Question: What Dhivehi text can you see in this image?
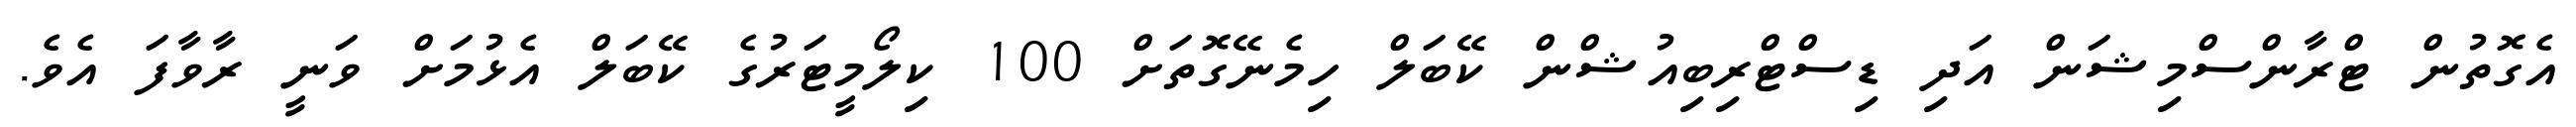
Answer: އެގޮތުން ޓްރާންސްމިޝަން އަދި ޑިސްޓްރިބިއުޝްން ކޭބަލް ހިމެނޭގޮތަށް 100 ކިލޯމީޓަރުގެ ކޭބަލް އެޅުމަށް ވަނީ ރާވާފަ އެވެ.